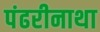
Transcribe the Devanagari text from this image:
पंढरीनाथा